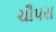
ચૌપરા